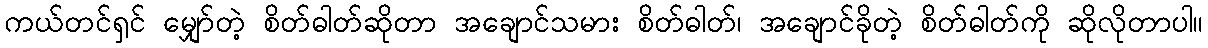
ကယ်တင်ရှင် မျှော်တဲ့ စိတ်ဓါတ်ဆိုတာ အချောင်သမား စိတ်ဓါတ်၊ အချောင်ခိုတဲ့ စိတ်ဓါတ်ကို ဆိုလိုတာပါ။